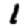
Digit: 1